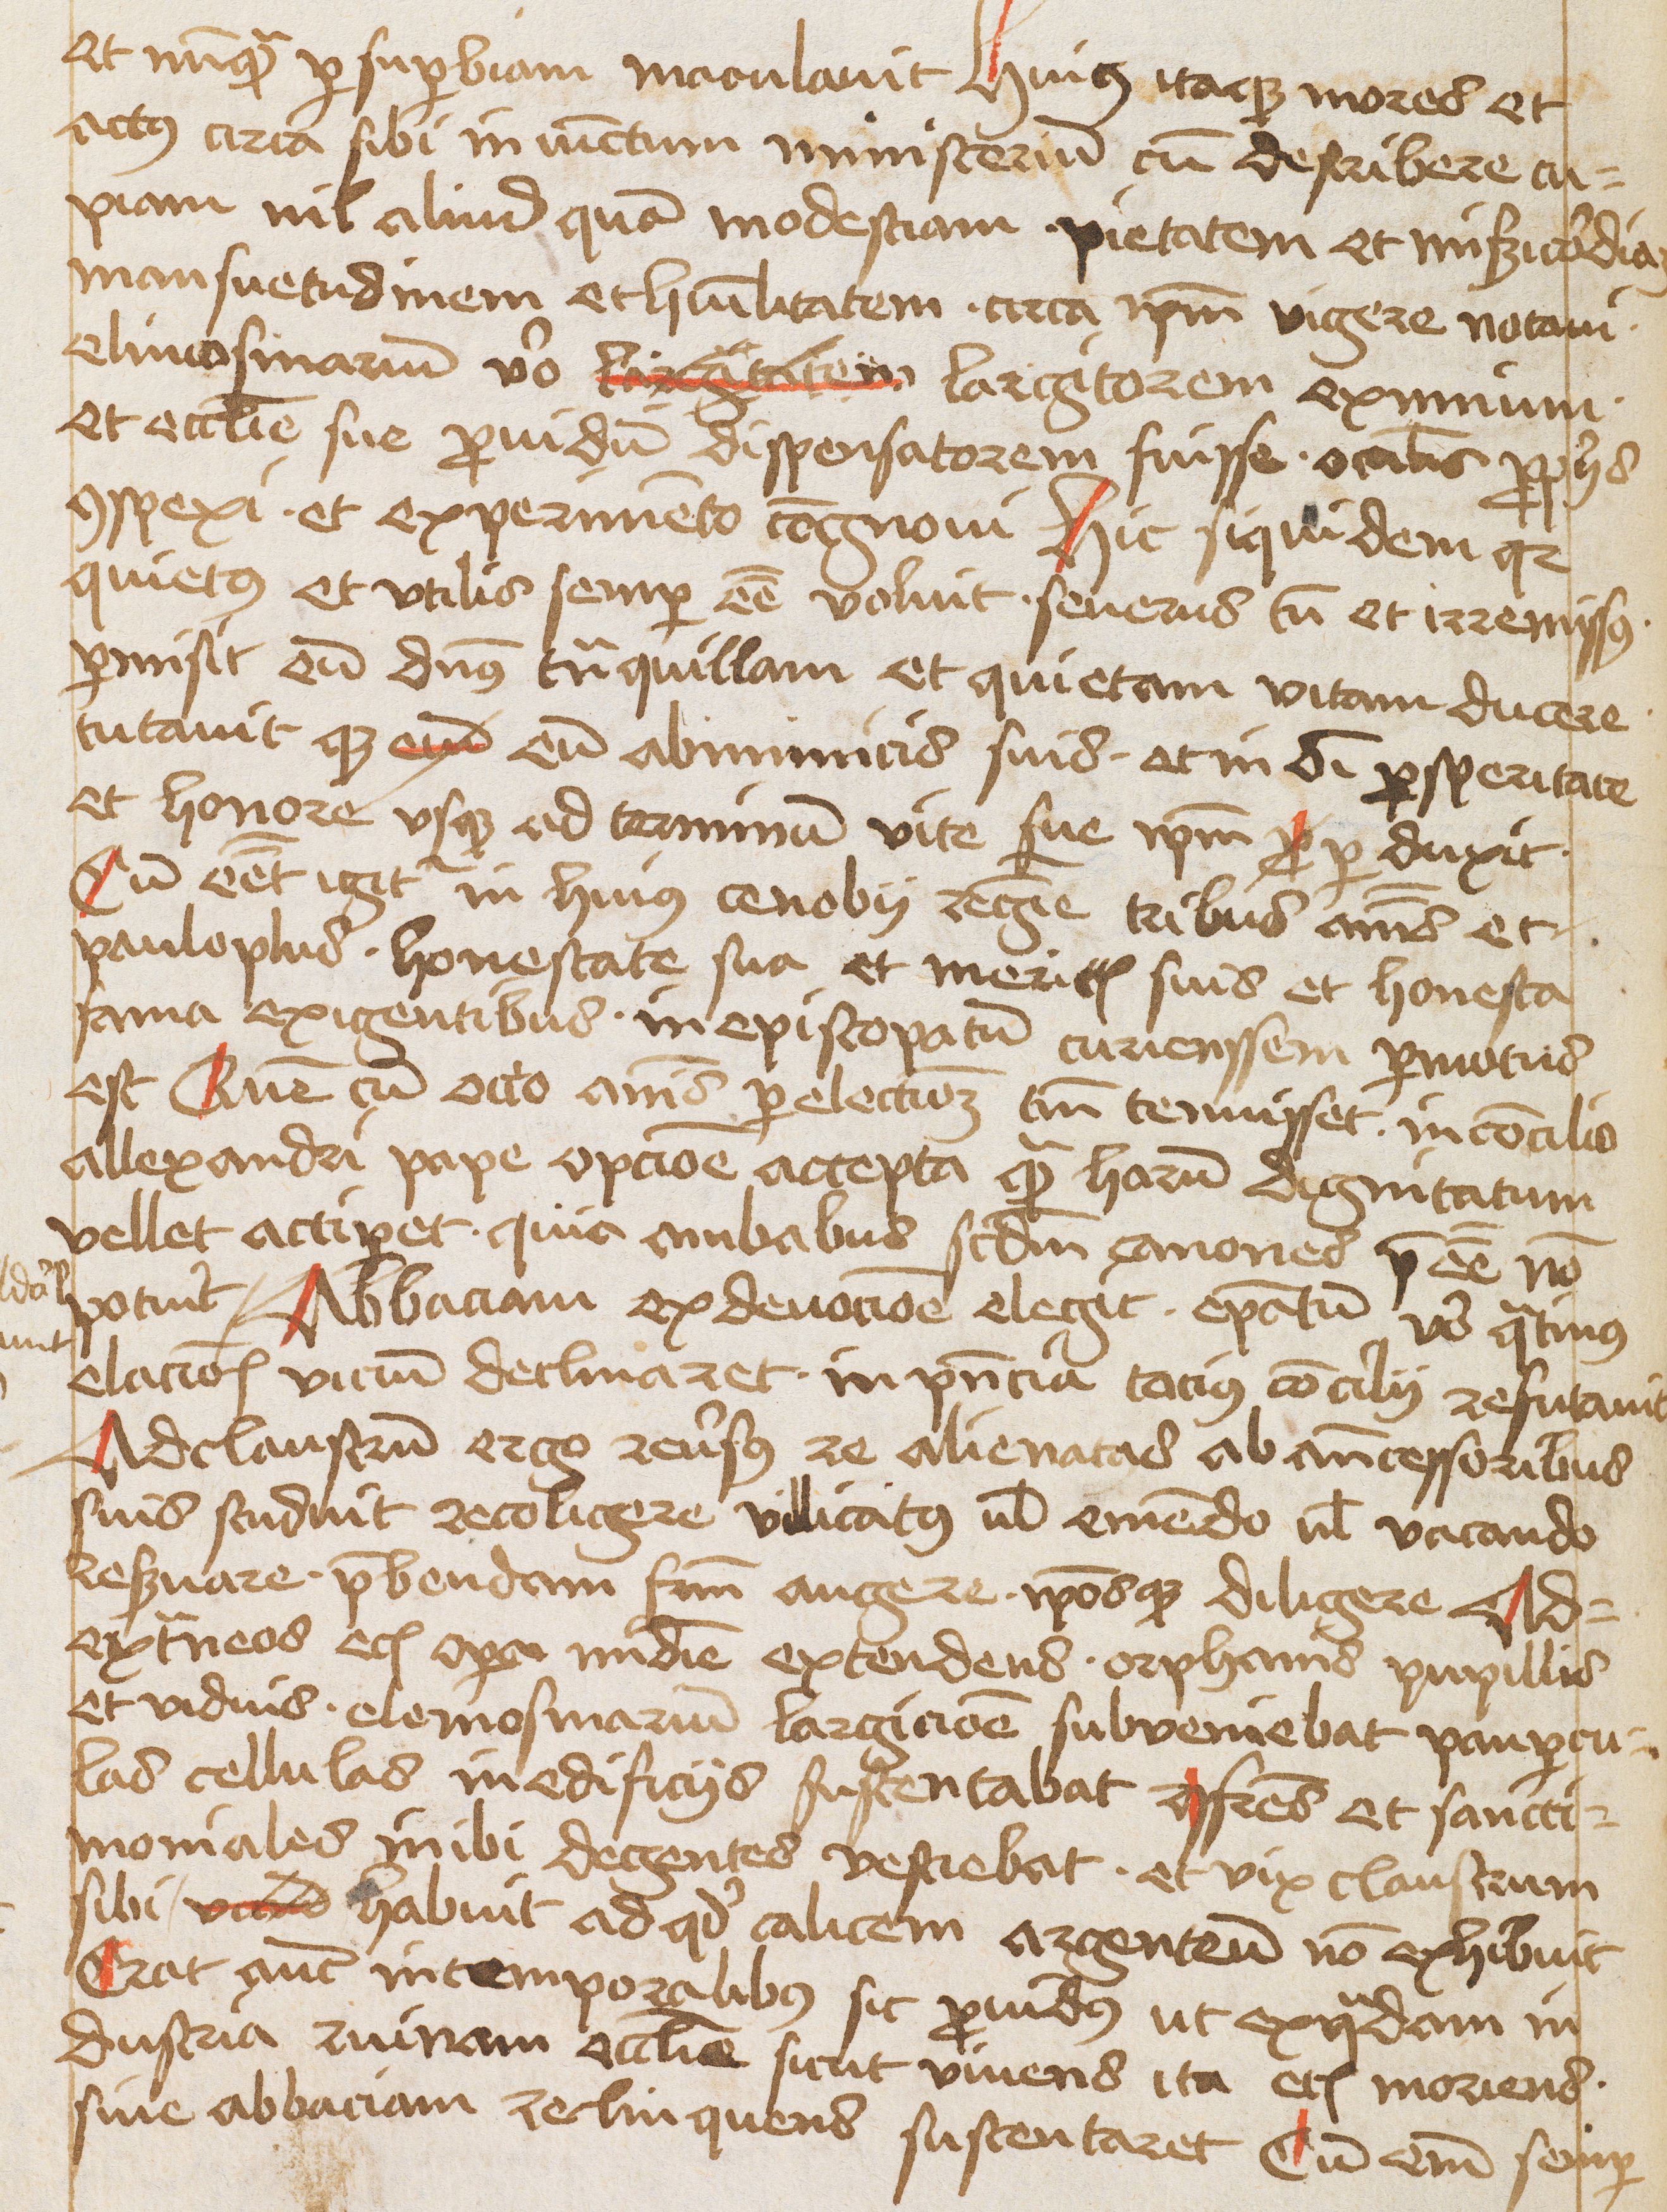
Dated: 1475–1495